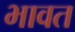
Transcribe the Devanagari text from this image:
भावत